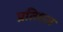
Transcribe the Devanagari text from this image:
प्रतिशल